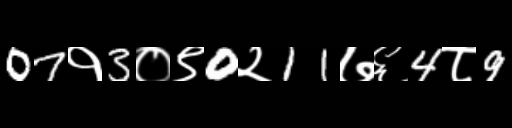
Text: 07१3०९0२11७६4८9